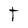
Character: T